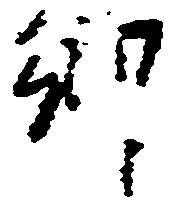
郷